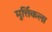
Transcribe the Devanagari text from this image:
मुर्त्तिकला